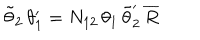
\tilde { \theta } _ { 2 } \, \theta _ { 1 } ^ { \prime } = N _ { 1 2 } \, \theta _ { 1 } \, \tilde { \theta } _ { 2 } ^ { \prime } \, \overline { { { R } } }